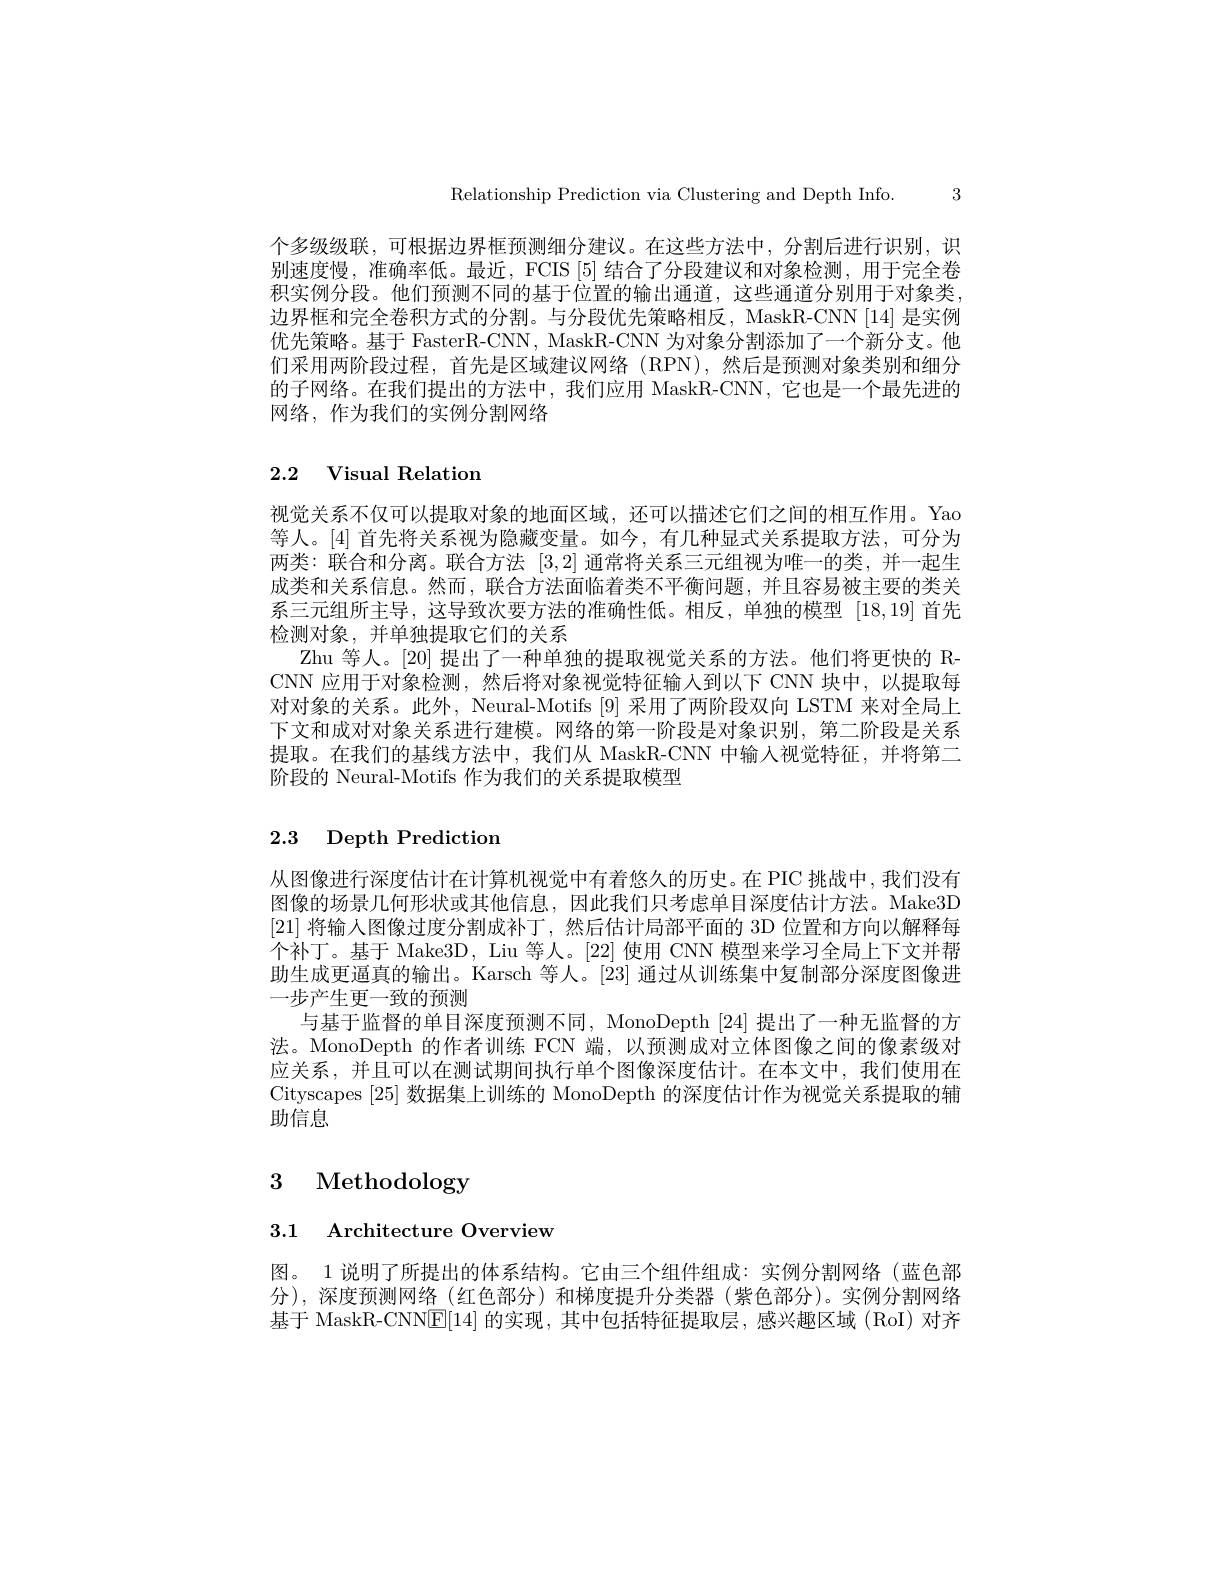
Relationship Prediction via Clustering and Depth Info. 3

个多级级联，可根据边界框预测细分建议。在这些方法中，分割后进行识别，识别速度慢，准确率低。最近，FCIS[5] 结合了分段建议和对象检测，用于完全卷积实例分段。他们预测不同的基于位置的输出通道，这些通道分别用于对象类边界框和完全卷积方式的分割。与分段优先策略相反，MaskR-CNN[14]是实例优先策略。基于 FasterR-CNN, MaskR-CNN 为对象分割添加了一个新分支。他们采用两阶段过程，首先是区域建议网络(RPN),然后是预测对象类别和细分的子网络。在我们提出的方法中，我们应用 MaskR-CNN, 它也是一个最先进的网络，作为我们的实例分割网络

## 2.2 Visual Relation

视觉关系不仅可以提取对象的地面区域，还可以描述它们之间的相互作用。Yao 等人。[4] 首先将关系视为隐藏变量。如今，有几种显式关系提取方法，可分为两类：联合和分离。联合方法[3,2]通常将关系三元组视为唯一的类，并一起生成类和关系信息。然而，联合方法面临着类不平衡问题，并且容易被主要的类关系三元组所主导，这导致次要方法的准确性低。相反，单独的模型|18,19|首先检测对象，并单独提取它们的关系
Zhu 等人。[20] 提出了一种单独的提取视觉关系的方法。他们将更快的 RCNN 应用于对象检测，然后将对象视觉特征输入到以下 CNN 块中，以提取每对对象的关系。此外，Neural-Motifs[9] 采用了两阶段双向 LSTM 来对全局上下文和成对对象关系进行建模。网络的第一阶段是对象识别，第二阶段是关系提取。在我们的基线方法中，我们从 MaskR-CNN 中输人视觉特征，并将第二阶段的 Neural-Motifs 作为我们的关系提取模型

# 2.3 Depth Prediction

从图像进行深度估计在计算机视觉中有着悠久的历史。在 PIC 挑战中，我们没有图像的场景几何形状或其他信息，因此我们只考虑单目深度估计方法。Make3D [21]将输人图像过度分割成补丁，然后估计局部平面的 3D 位置和方向以解释每个补丁。基于 Make3D, Liu 等人。[22]使用 CNN 模型来学习全局上下文并帮助生成更逼真的输出。Karsch 等人。[23] 通过从训练集中复制部分深度图像进一步产生更一致的预测
与基于监督的单目深度预测不同，MonoDepth[24]提出了一种无监督的方法。MonoDepth 的作者训练 FCN 端，以预测成对立体图像之间的像素级对应关系，并且可以在测试期间执行单个图像深度估计。在本文中，我们使用在Cityscapes [25]数据集上训练的 MonoDepth 的深度估计作为视觉关系提取的辅助信息

# 3 Methodology

3.1 Architecture Overview

图。1 说明了所提出的体系结构。它由三个组件组成：实例分割网络(蓝色部分),深度预测网络(红色部分)和梯度提升分类器(紫色部分)。实例分割网络基于 MaskR-CNN$\boxed{\mathrm{E}}[14]$的实现，其中包括特征提取层，感兴趣区域(RoI)对齐